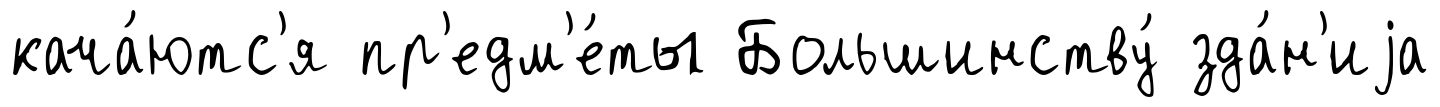
кача́ютс'я пр'едм'е́ты Большинству́ зда́н'иjа